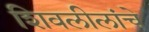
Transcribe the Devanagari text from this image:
शिवलीलांचे